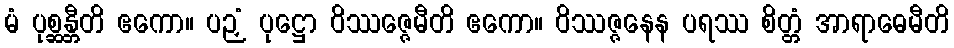
မံ ပုစ္ဆန္တီတိ ဧကော။ ပဉှံ ပုဋ္ဌော ဝိဿဇ္ဇေမီတိ ဧကော။ ဝိဿဇ္ဇနေန ပရဿ စိတ္တံ အာရာဓေမီတိ